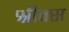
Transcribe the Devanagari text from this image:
श्रीक्स